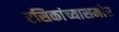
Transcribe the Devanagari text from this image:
रसिकांच्यासमोर